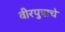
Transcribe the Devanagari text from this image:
वीरपुत्राचे